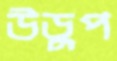
উড়ুপ